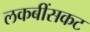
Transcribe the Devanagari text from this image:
लकबींसकट